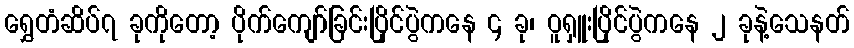
ရွှေတံဆိပ်၇ ခုကိုတော့ ပိုက်ကျော်ခြင်းပြိုင်ပွဲကနေ ၄ ခု၊ ဝူရှူးပြိုင်ပွဲကနေ ၂ ခုနဲ့သေနတ်